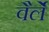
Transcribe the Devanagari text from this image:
वैर्ले